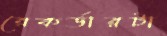
রেকর্ডারটা